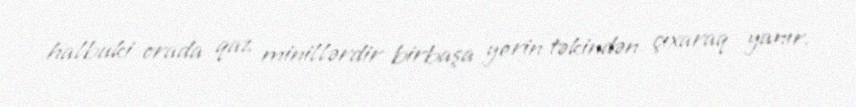
halbuki orada qaz minillərdir birbaşa yerin təkindən çıxaraq yanır.